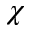
\chi